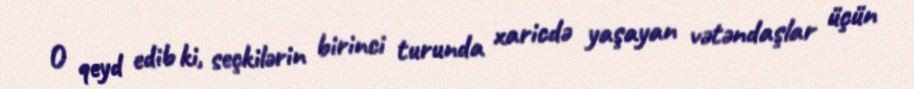
O qeyd edib ki, seçkilərin birinci turunda xaricdə yaşayan vətəndaşlar üçün